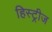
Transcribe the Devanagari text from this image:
हिस्ट्रीज